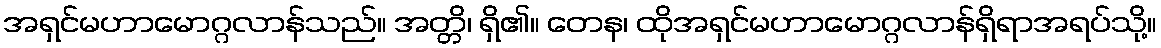
အရှင်မဟာမောဂ္ဂလာန်သည်။ အတ္တိ၊ ရှိ၏။ တေန၊ ထိုအရှင်မဟာမောဂ္ဂလာန်ရှိရာအရပ်သို့။